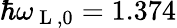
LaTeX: \hbar\omega_{\mathrm{~L~},0}=1.374